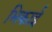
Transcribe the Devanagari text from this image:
भिकाई